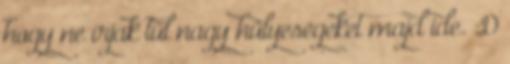
hogy ne írjak túl nagy hülyeségeket majd ide. :D